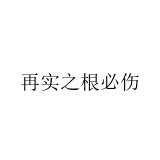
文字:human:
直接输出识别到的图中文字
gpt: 再实之根必伤